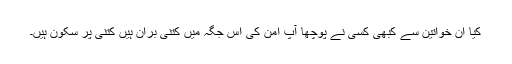
کیا ان خواتین سے کبھی کسی نے پوچھا آپ امن کی اس جگہ میں کتنی بران ہیں کتنی پر سکون ہیں۔